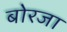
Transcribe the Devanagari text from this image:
बोरजा